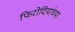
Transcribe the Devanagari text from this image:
फिरोदियांच्या